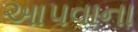
આપવાના